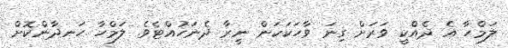
ލަމްހާ އެ ދެއްކީ ވަރަށް ގިނަ ވާހަކަކަން ނީރާ ދެނަހުއްޓެވެ. ލަމްހާ ހަނދާންކޮށް